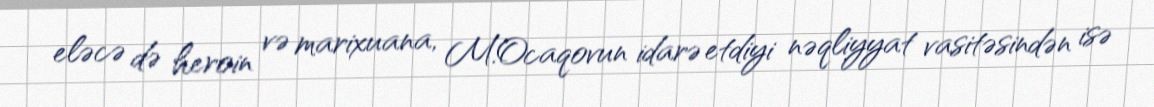
eləcə də heroin və marixuana, M.Ocaqovun idarə etdiyi nəqliyyat vasitəsindən isə